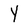
Character: Y